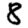
Digit: 8